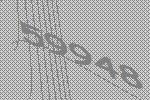
59948